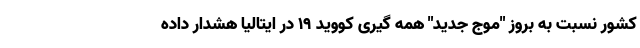
کشور نسبت به بروز "موج جدید" همه گیری کووید ۱۹ در ایتالیا هشدار داده